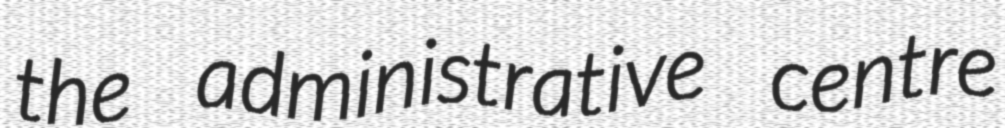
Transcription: the administrative centre